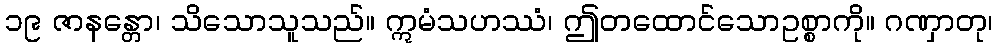
၁၉ ဇာနန္တော၊ သိသောသူသည်။ ဣမံသဟဿံ၊ ဤတထောင်သောဥစ္စာကို။ ဂဏှာတု၊